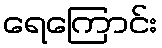
ရေကြောင်း